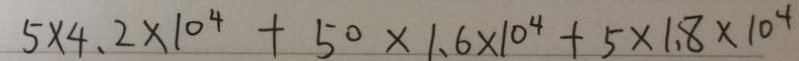
5 \times 4 . 2 \times 1 0 ^ { 4 } + 5 0 \times 1 . 6 \times 1 0 ^ { 4 } + 5 \times 1 . 8 \times 1 0 ^ { 4 }